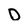
Character: D